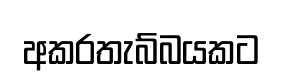
අකරතැබ්බයකට